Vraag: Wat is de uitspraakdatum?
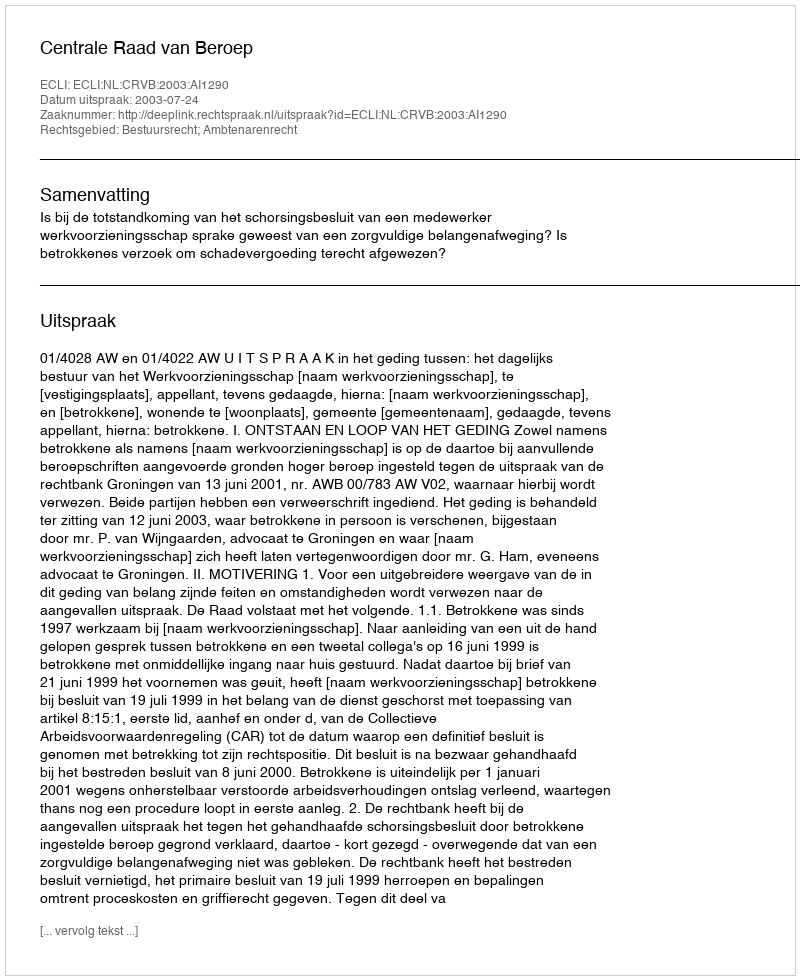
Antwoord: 2003-07-24